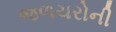
જળચરોની